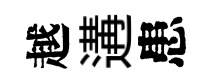
越遘患